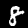
Label: 8